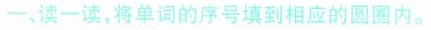
一、读一读，将单词的序号填到相应的圆圈内。